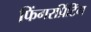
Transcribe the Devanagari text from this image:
फिंगरप्रिंटिंग